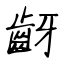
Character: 齖